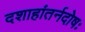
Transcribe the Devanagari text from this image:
दशाहांतर्नदोषः